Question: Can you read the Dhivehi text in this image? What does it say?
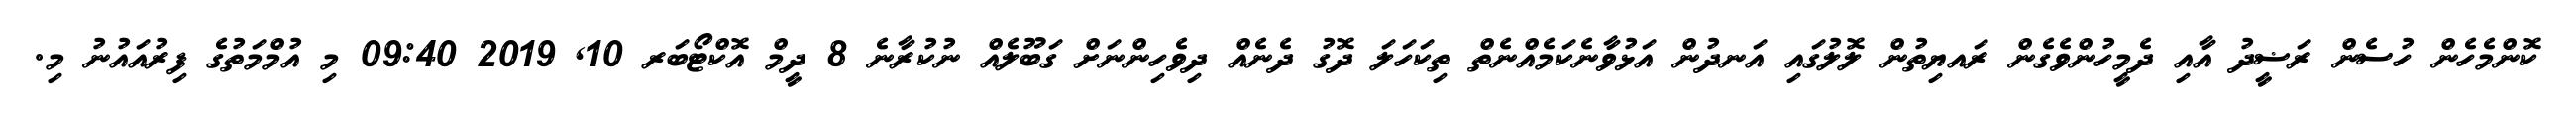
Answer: ކޮންމެހެން ހުސެން ރަޟީދު އާއި ދެމީހުންވެގެން ރައޔިތުން ލޮލުގައި އަނދުން އަޅުވާނެކަމެއްނެތް ތިކަހަލަ ދޮގު ދެނެއް ދިވެހިންނަށް ގަބޫލެއް ނުކުރާނެ 8 ދީމް އޮކްޓޯބަރ 10, 2019 09:40 މި އުމްމަތުގެ ފިރުއައުނު މި.